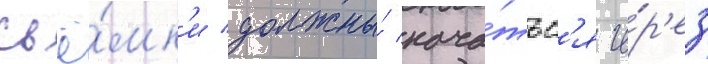
съё́мк'и должны́ нача́тьс'я че́р'ез